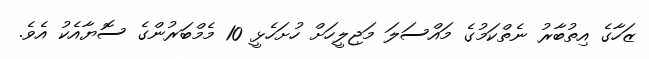
ޒަހާގެ އިތުބާރު ނެތްކަމުގެ މައްސަލަ މަޖިލީހަށް ހުށަހެޅީ 10 މެމްބަރުންގެ ސޮޔާއެކު އެވެ.